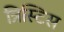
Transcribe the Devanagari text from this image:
त्रिस्टिस